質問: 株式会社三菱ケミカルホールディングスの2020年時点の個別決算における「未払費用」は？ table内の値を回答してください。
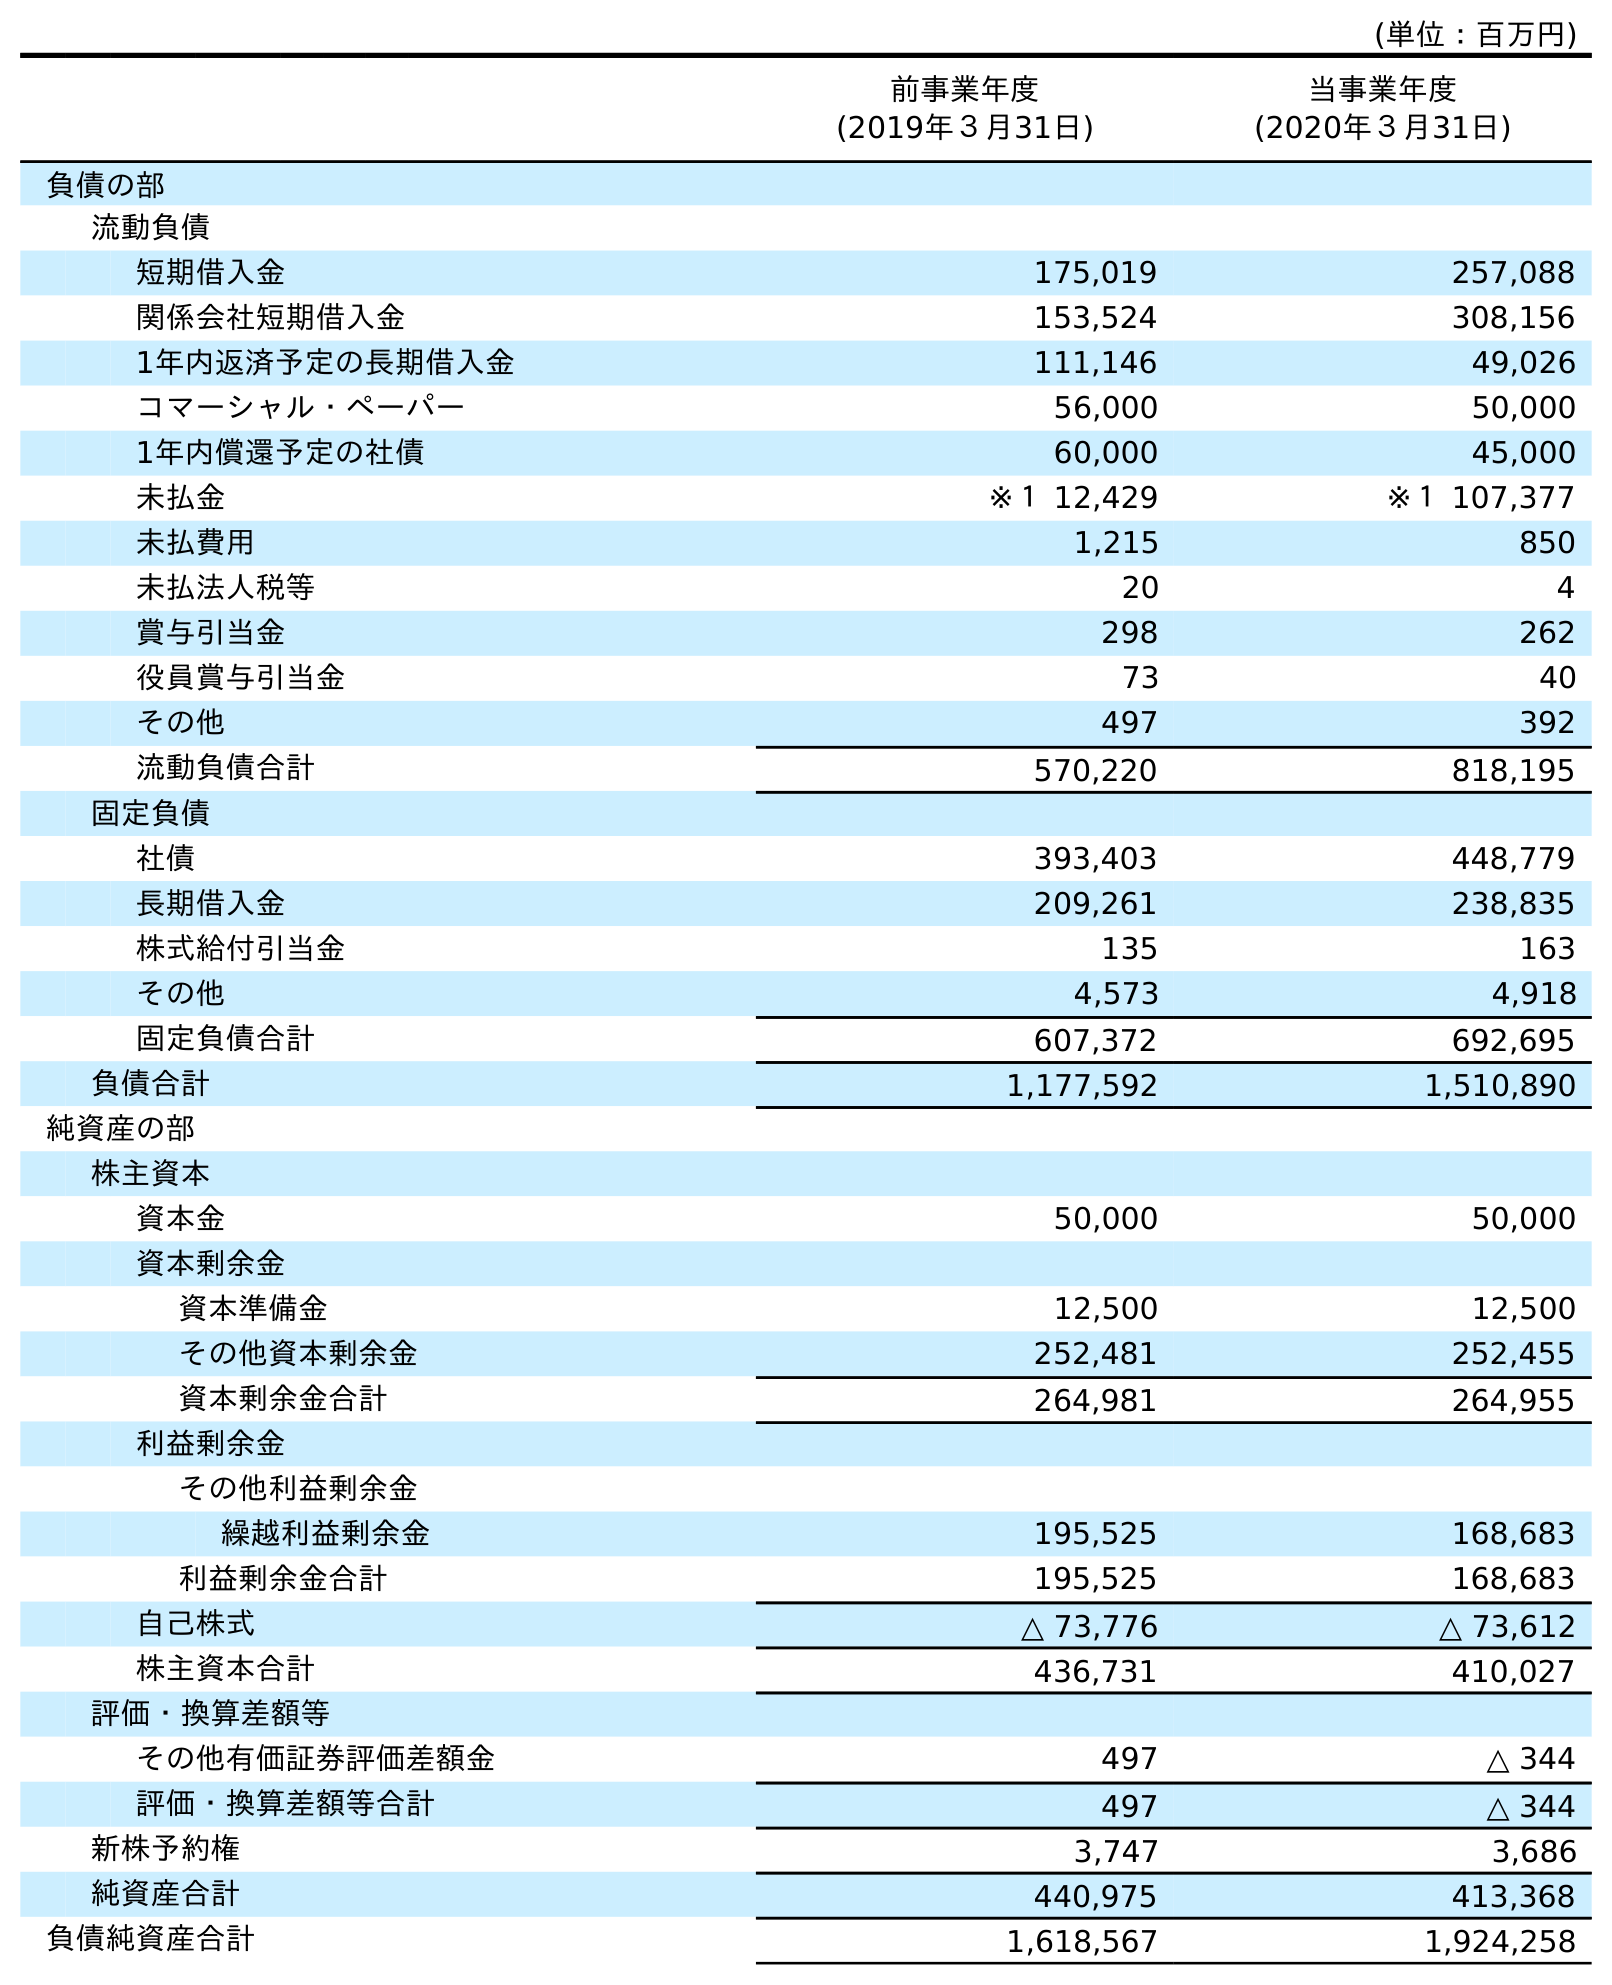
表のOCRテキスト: (単位：百万円) 前事業年度 (2019年３月31日) 当事業年度 (2020年３月31日) 負債の部 流動負債 短期借入金 175,019 257,088 関係会社短期借入金 153,524 308,156 1年内返済予定の長期借入金 111,146 49,026 コマーシャル・ペーパー 56,000 50,000 1年内償還予定の社債 60,000 45,000 未払金 ※１ 12,429 ※１ 107,377 未払費用 1,215 850 未払法人税等 20 4 賞与引当金 298 262 役員賞与引当金 73 40 その他 497 392 流動負債合計 570,220 818,195 固定負債 社債 393,403 448,779 長期借入金 209,261 238,835 株式給付引当金 135 163 その他 4,573 4,918 固定負債合計 607,372 692,695 負債合計 1,177,592 1,510,890 純資産の部 株主資本 資本金 50,000 50,000 資本剰余金 資本準備金 12,500 12,500 その他資本剰余金 252,481 252,455 資本剰余金合計 264,981 264,955 利益剰余金 その他利益剰余金 繰越利益剰余金 195,525 168,683 利益剰余金合計 195,525 168,683 自己株式 △ 73,776 △ 73,612 株主資本合計 436,731 410,027 評価・換算差額等 その他有価証券評価差額金 497 △ 344 評価・換算差額等合計 497 △ 344 新株予約権 3,747 3,686 純資産合計 440,975 413,368 負債純資産合計 1,618,567 1,924,258
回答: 850